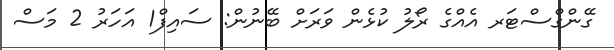
ގޭންގްސްޓަރ އެއްގެ ރޯލު ކުޅެން ވަރަށް ބޭނުން: ސައިފް1 އަހަރު 2 މަސް